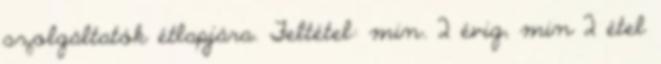
szolgáltatók étlapjára. Feltétel: min. 2 évig, min 2 étel